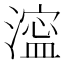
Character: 𣾈